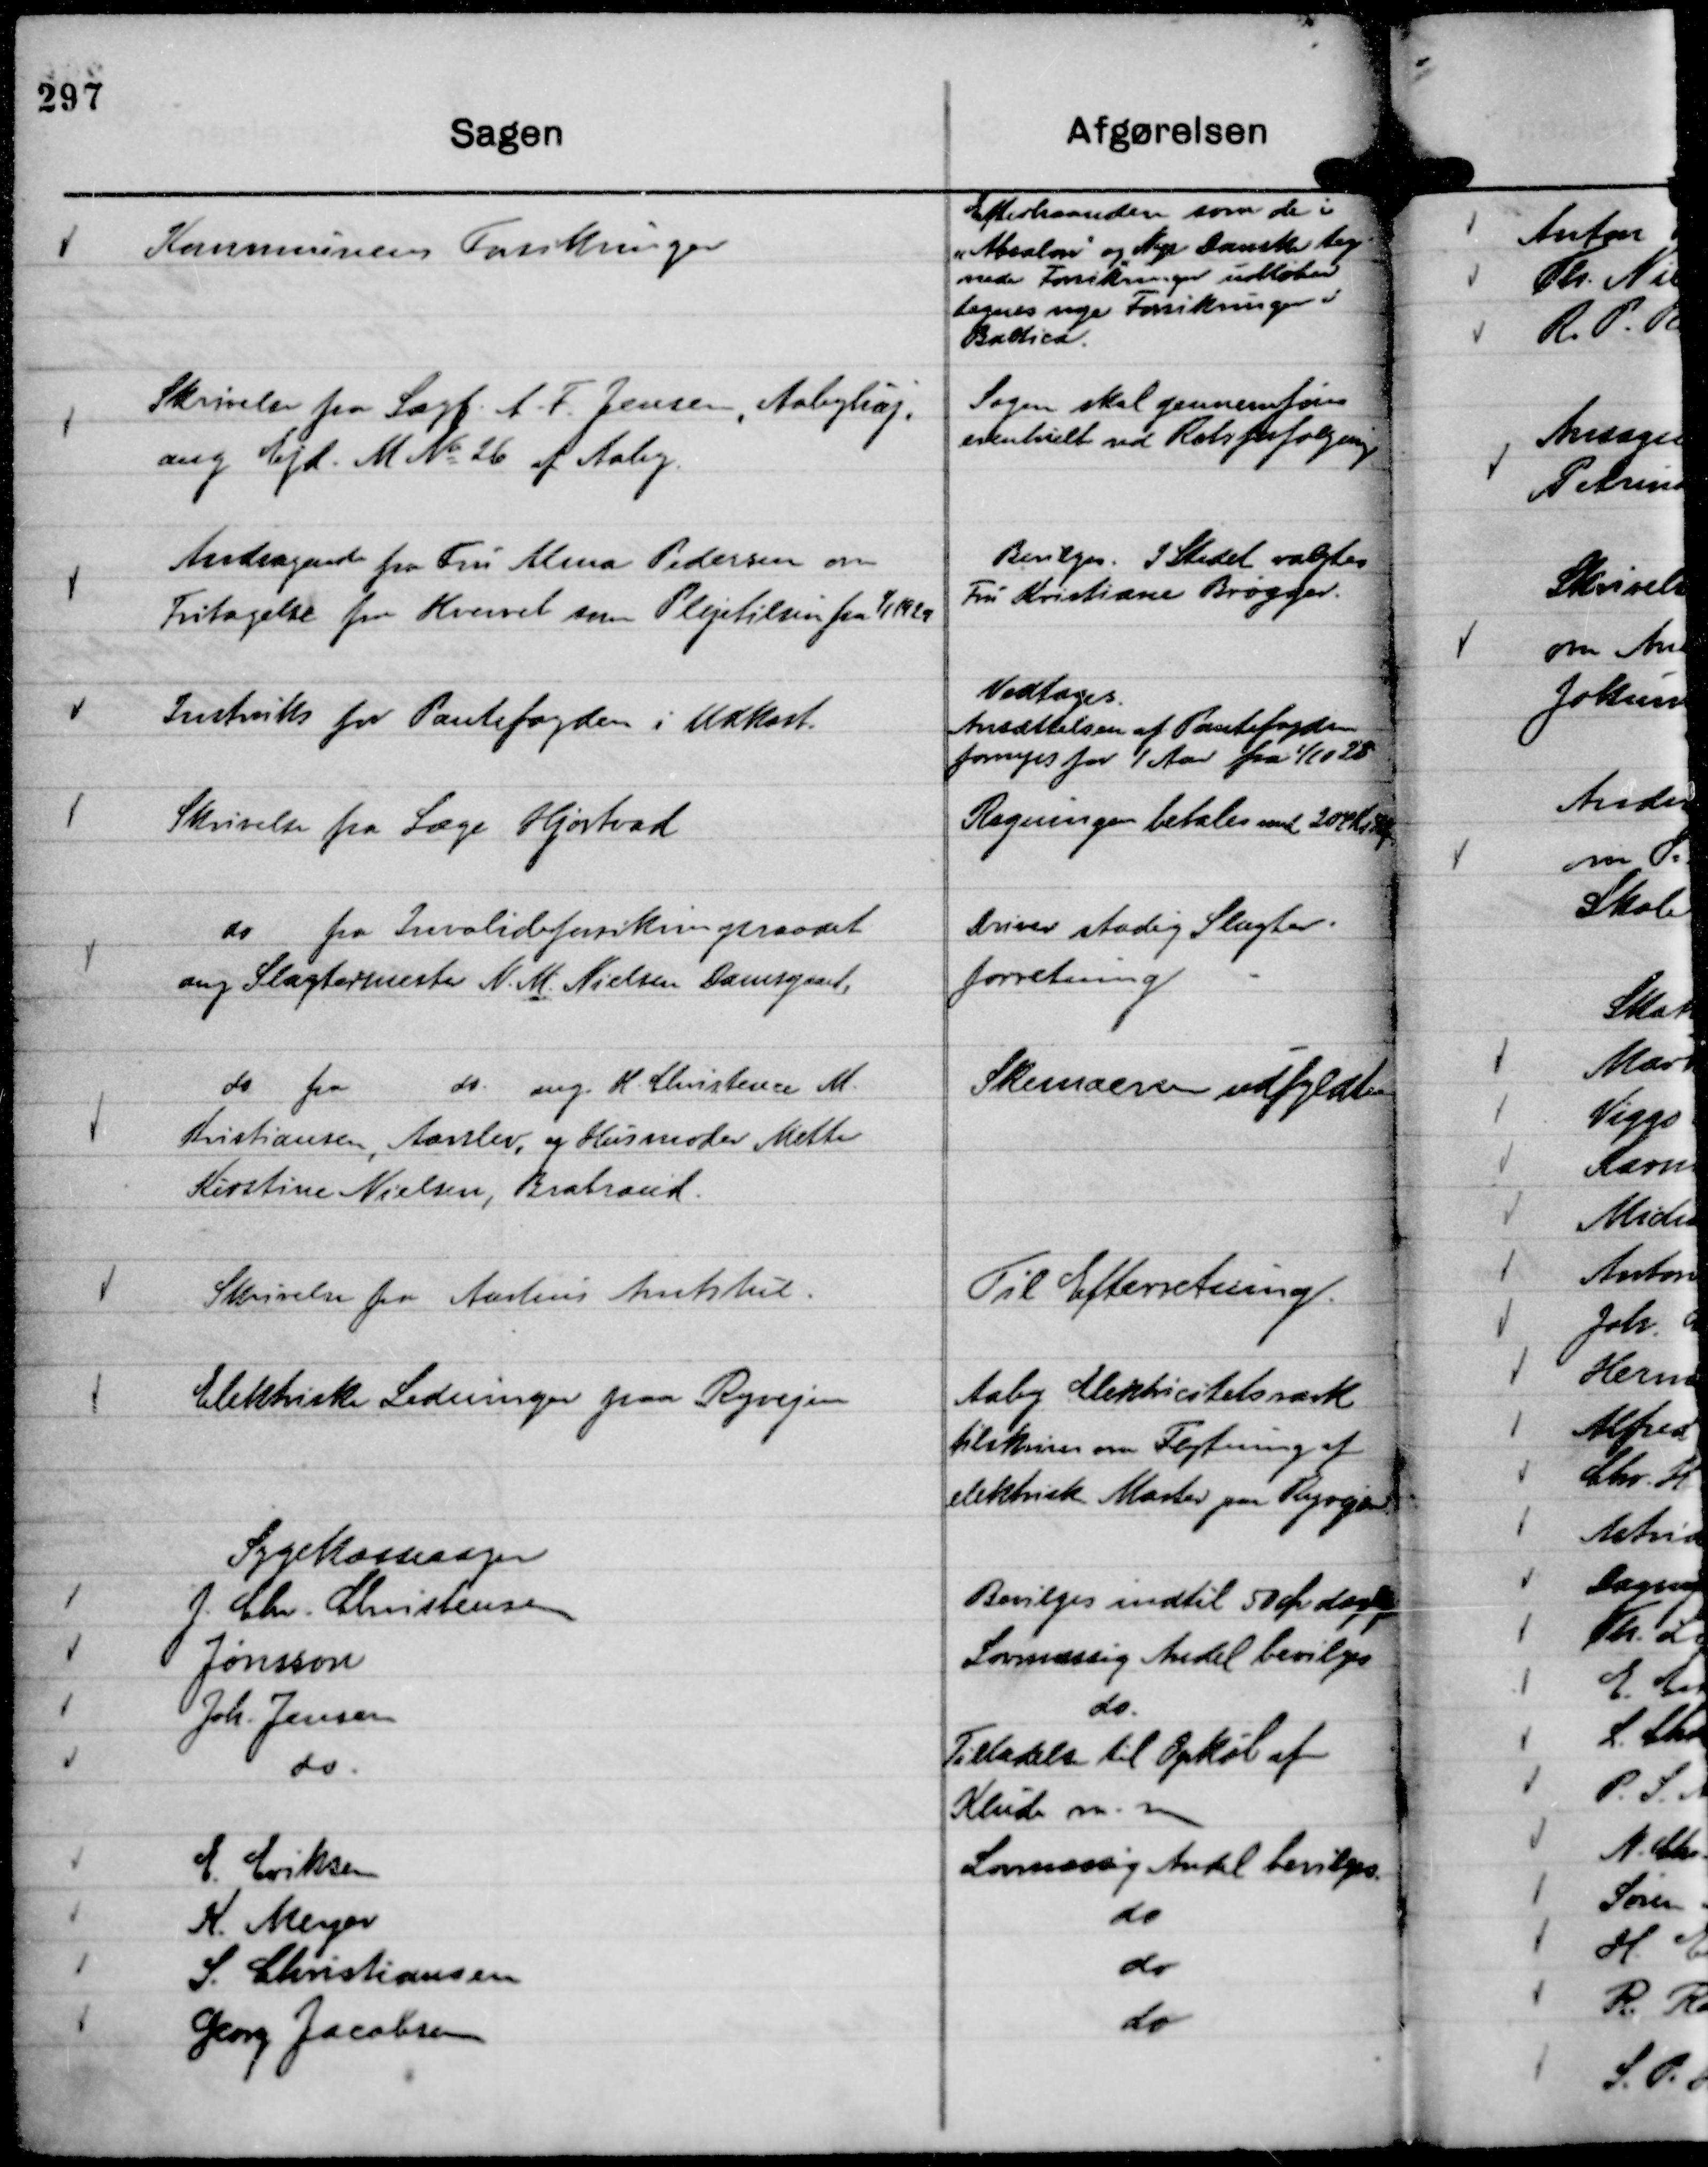
Transskription:
Kommunens Forsikringer

Efterhaanden som de i
"Absalon"

og Nye Danske teg
nede Forsikringer udløber
tegnes nye Forsikringer i
Baltica.

Skrivelse fra Sagf. A. F. Jensen, Aabyhøj,
ang Ejd. M No 26 af Aaby.

Sagen skal gennemføres
eventuelt ved Retsforfølgning

Andragende fra Fru Alma Pedersen om
Fritagelse fra Hvervet som Plejetilsin fra

1/1 1929

Bevilges. I Stedet valgtes
Fru Kristiane Brøgger.

Instruks for Pantefogden i Udkast.

Vedtages.
Ansættelsen af Pantefogden
fornyes for 1 Aar fra 1/10 28

Skrivelse fra Læge Hjortvad

Regningen betales med 204 Kr

do fra Invalideforsikringsraadet
ang Slagtermester N. M. Nielsen Damsgaard.

Driver stadig Slagter-
forretning

do fra do. ang. K. Christenze M.
Kristiansen, Aarslev, og Husmoder Mette
Kirstine Nielsen, Brabrand.

Skemaerne udfyldtes

Skrivelse fra Aarhus Amtstue.

Til Efterretning.

Elektriske Ledninger paa Ryvejen

Aaby Elektricitetsværk
tilskrives om Flytning af
elektriske Master paa Ryevejen.

Sygekassesager

J. Chr. Christensen
Bevilges indtil 50 Øre daglig

Jønsson
Lovmæssig Andel bevilges

Joh. Jensen
do.

do.
Tilladelse til Opkøb af
Klub m. m

E. Eriksen
Lovmæssig Andel bevilges.

K. Meyer
do

S. Christiansen
do

Georg Jacobsen
do